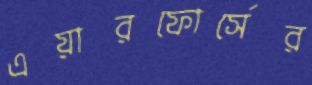
এয়ারফোর্সের